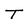
Character: T